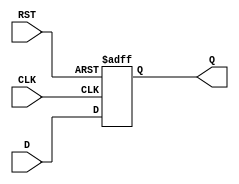
module IntermediateRegister #(
    parameter WIDTH = 8  // Parameter to define the width of the register
)(
    input wire [WIDTH-1:0] D,    // Data input
    input wire CLK,               // Clock input
    input wire RST,               // Reset input
    output reg [WIDTH-1:0] Q      // Data output
);

// Asynchronous reset behavior
always @(posedge CLK or posedge RST) begin
    if (RST) begin
        Q <= {WIDTH{1'b0}}; // Clear the register to zero
    end else begin
        Q <= D; // Capture the input data on the rising edge of the clock
    end
end

endmodule